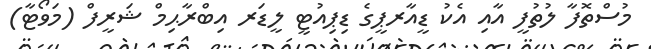
މުސްތޮފާ ލުތުފީ އާއި އެކު ޑީއާރޕީގެ ޑިޕިއުޓީ ލީޑަރ އިބްރާޙިމް ޝަރީފް (މަވޯޓާ)